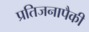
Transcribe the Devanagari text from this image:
प्रतिजनापैकी